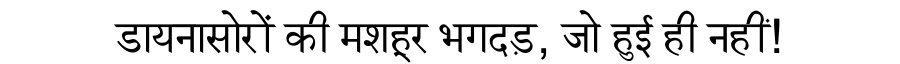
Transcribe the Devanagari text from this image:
डायनासोरों की मशहूर भगदड़, जो हुई ही नहीं!